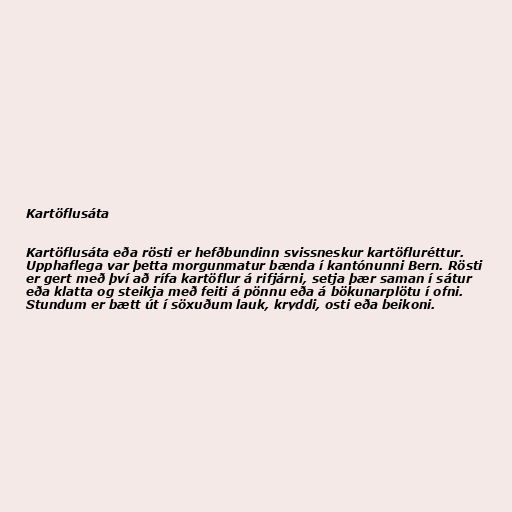
Kartöflusáta

Kartöflusáta eða rösti er hefðbundinn svissneskur kartöfluréttur.
Upphaflega var þetta morgunmatur bænda í kantónunni Bern. Rösti
er gert með því að rífa kartöflur á rifjárni, setja þær saman í sátur
eða klatta og steikja með feiti á pönnu eða á bökunarplötu í ofni.
Stundum er bætt út í söxuðum lauk, kryddi, osti eða beikoni.